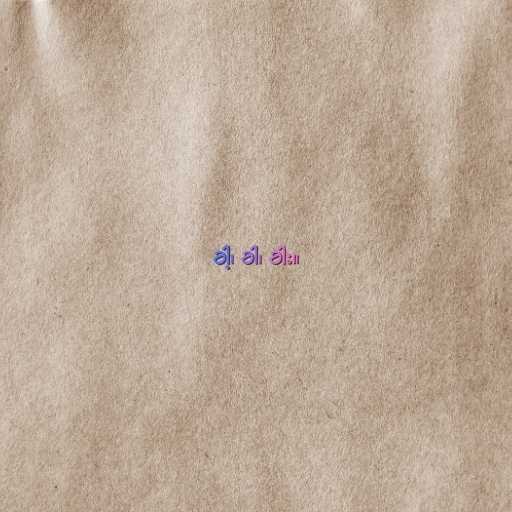
ခါ့၊ ခါ၊ ခါး။